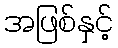
အဖြစ်နှင့်